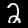
Digit: 2